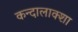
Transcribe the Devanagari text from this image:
कन्दालाक्शा